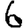
Digit: 6